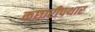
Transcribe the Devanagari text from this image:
कछारीपथार